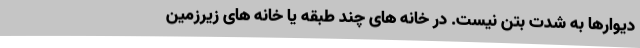
دیوارها به شدت بتن نیست. در خانه های چند طبقه یا خانه های زیرزمین